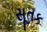
સૂતક